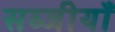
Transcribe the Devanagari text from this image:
सब्जीयाँ